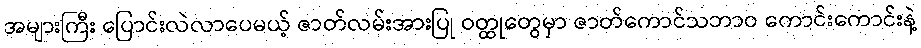
အများကြီး ပြောင်းလဲလာပေမယ့် ဇာတ်လမ်းအားပြု ဝတ္ထုတွေမှာ ဇာတ်ကောင်သဘာဝ ကောင်းကောင်းနဲ့